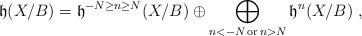
LaTeX: \begin{align*}\mathfrak{h}(X/B) = \mathfrak{h}^{-N\geq n\geq N} (X/B) \oplus \bigoplus_{n<-N \,\textrm{or}\, n>N} \mathfrak{h}^n(X/B)\ ,\end{align*}